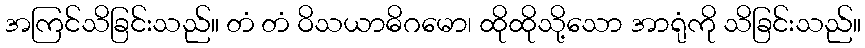
အကြင်သိခြင်းသည်။ တံ တံ ဝိသယာဓိဂမော၊ ထိုထိုသို့သော အာရုံကို သိခြင်းသည်။